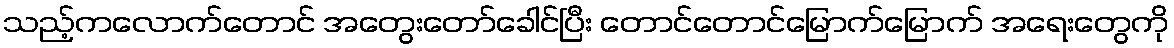
သည့်ကလောက်တောင် အတွေးတော်ခေါင်ပြီး တောင်တောင်မြောက်မြောက် အရေးတွေကို